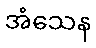
အံသေန